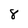
Character: 8